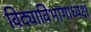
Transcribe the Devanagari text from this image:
विद्याविभागाध्यक्ष